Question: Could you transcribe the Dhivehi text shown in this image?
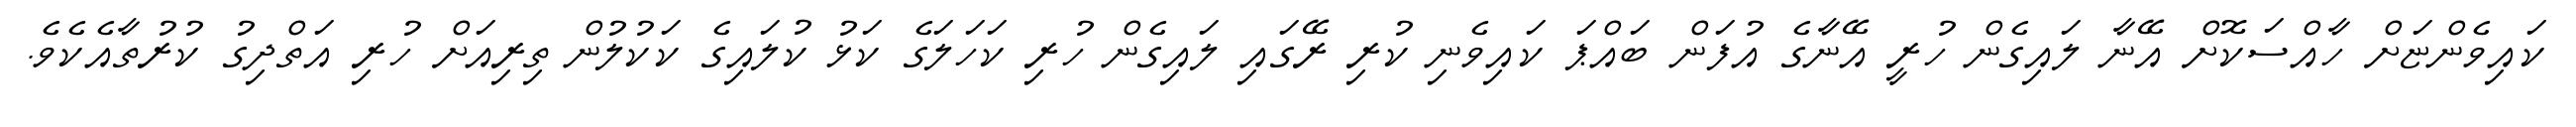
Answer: ކައިވެންޏަށް ހާއްސަކޮށް އޭނާ ލައިގެން ހުރީ އޭނާގެ އުފަން ބައްޕަ ކައިވެނި ކުރި ރޭގައި ލައިގެން ހުރި ކަހަލަގެ ކަޅު ކުލައިގެ ކަކުލުން ތިރިއަށް ހުރި އަތްދިގު ކުރުތާއެކެވެ.